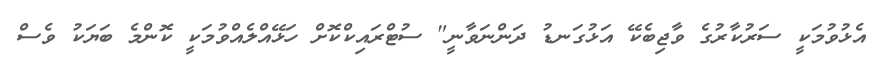
އެޅުވުމަކީ ސަރުކާރުގެ ވާޖިބެކޭ އަޅުގަނޑު ދަންނަވާނީ" ސުޓްރައިކްކޮށް ހަޅޭއްލެއްވުމަކީ ކޮންމެ ބަޔަކު ވެސް